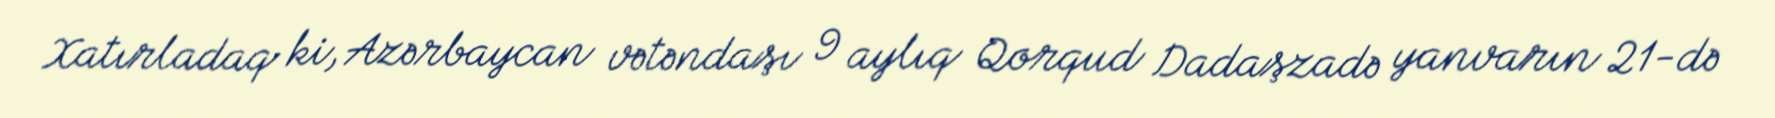
Xatırladaq ki, Azərbaycan vətəndaşı 9 aylıq Qorqud Dadaşzadə yanvarın 21-də